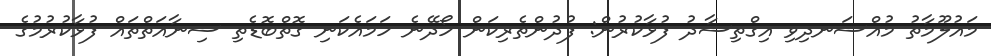
މައުލޫމާތު މުއްސަނދިވި އިގްތިސާދު ފުޅާކުރުން: ފުދުންތެރިކަން ހޯދޭނެ ހަމައެކަނި ގޮތްބޮޑެތި ސިނާއަތްތައް ފުޅާކުރުމުގެ